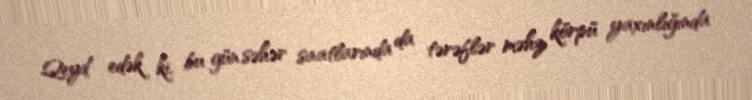
Qeyd edək ki, bu gün səhər saatlarında da tərəflər məhz körpü yaxınlığında